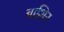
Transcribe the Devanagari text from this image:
बाशिर